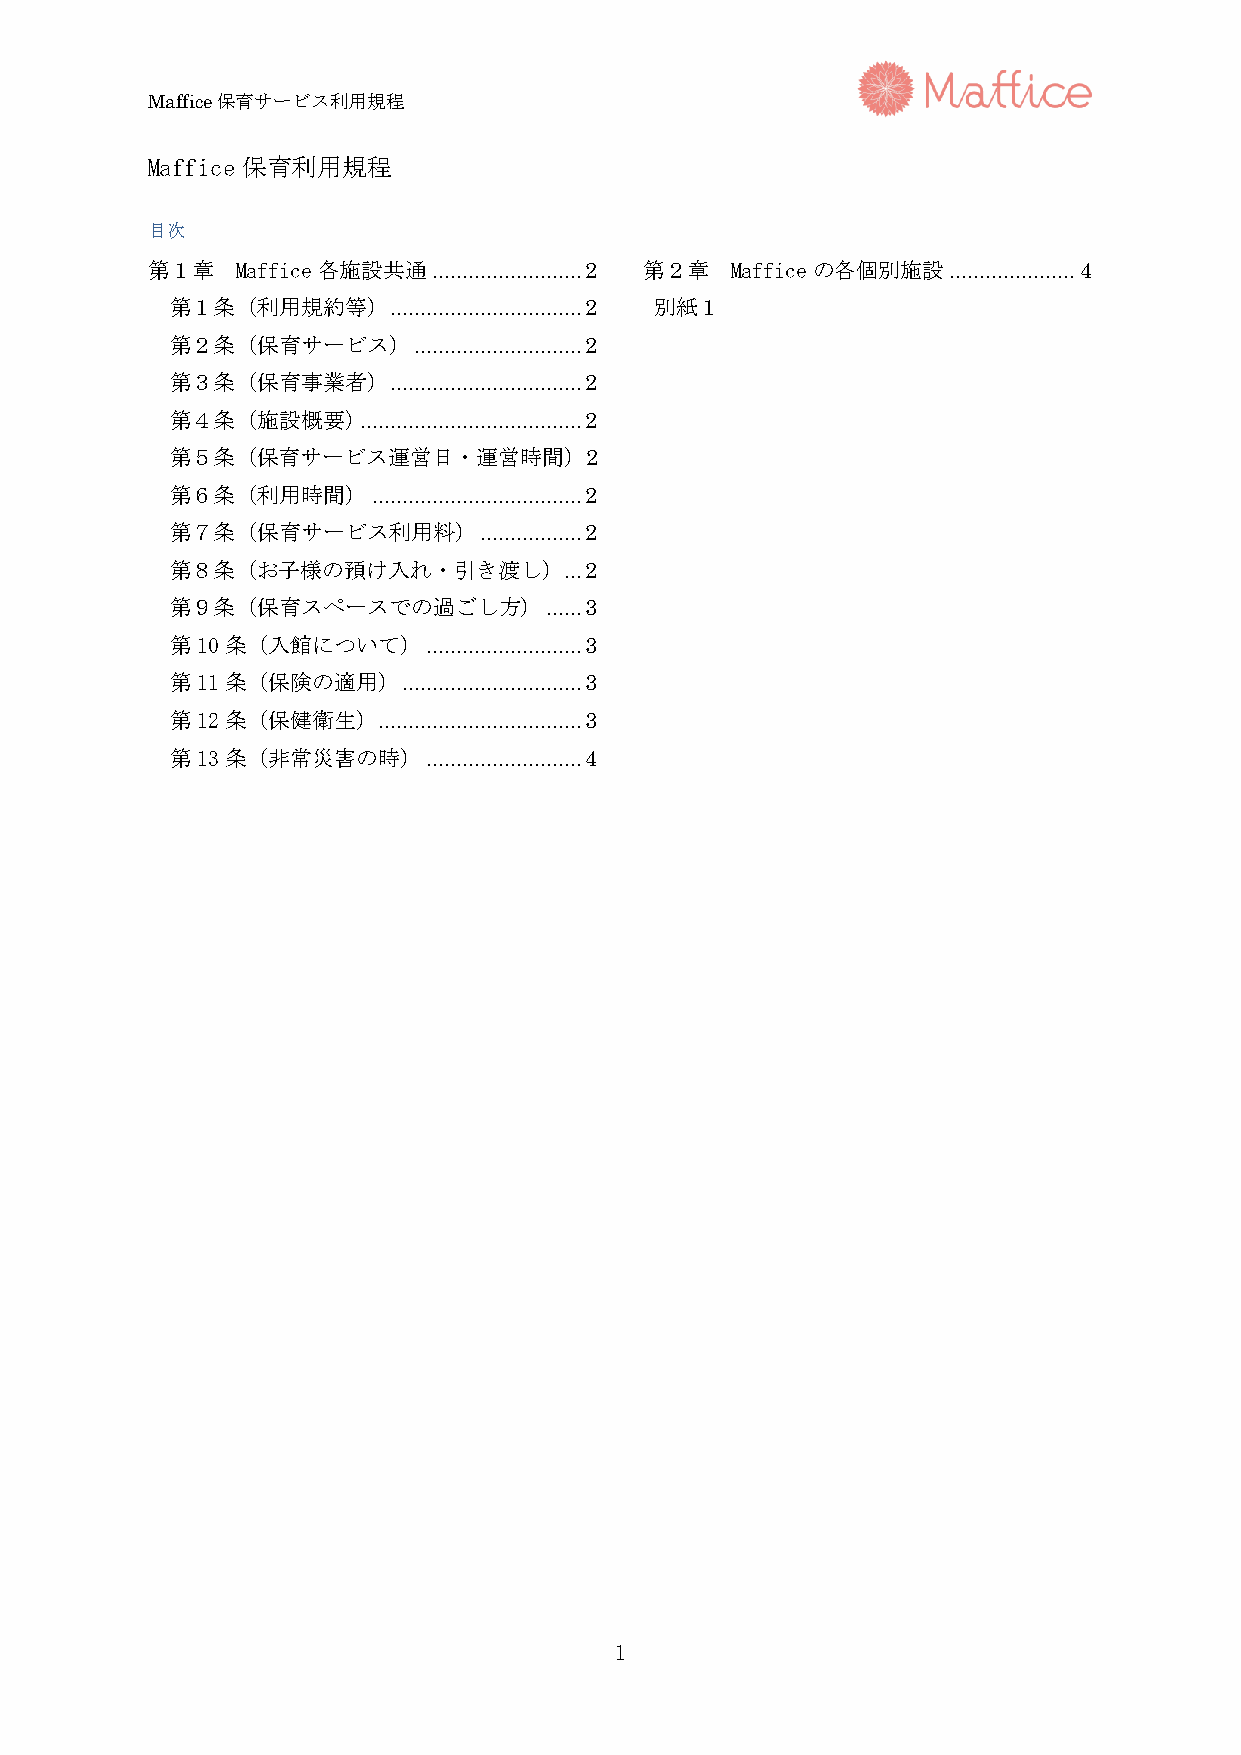
Maffice保育サービス利用規程
 Maffice保育利用規程
 目次
 第１章   Maffice各施設共通 ......................... 2 第２章 Mafficeの各個別施設 ..................... 4
 第１条（利用規約等）     ................................ 2 別紙１
 第２条（保育サービス）     ............................ 2
 第３条（保育事業者）     ................................ 2
 第４条（施設概要)    ..................................... 2
 第５条（保育サービス運営日・運営時間）2
 第６条（利用時間）     ................................... 2
 第７条（保育サービス利用料）       ................. 2
 第８条（お子様の預け入れ・引き渡し）        ... 2
 第９条（保育スペースでの過ごし方）        ...... 3
 第10条（入館について）     .......................... 3
 第11条（保険の適用）     .............................. 3
 第12条（保健衛生）    .................................. 3
 第13条（非常災害の時）     .......................... 4
 1